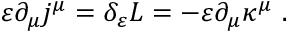
\varepsilon \partial _ { \mu } j ^ { \mu } = \delta _ { \varepsilon } { \cal { L } } = - \varepsilon \partial _ { \mu } \kappa ^ { \mu } ~ .